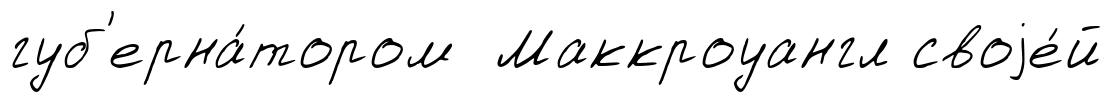
губ'ерна́тором Маккроуангл своjе́й